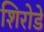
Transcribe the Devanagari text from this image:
शिरोडे